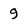
Character: 9